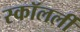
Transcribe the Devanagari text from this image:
स्कॉलर्ली